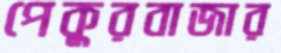
পেকুরবাজার